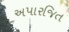
અપારજિત